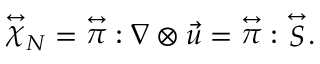
{ \stackrel { \leftrightarrow } { \chi } _ { \tiny N } } = { \stackrel { \leftrightarrow } { \pi } } : \nabla \otimes \vec { u } = { \stackrel { \leftrightarrow } { \pi } } : { \stackrel { \leftrightarrow } { S } } .